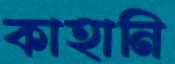
কাহানি